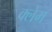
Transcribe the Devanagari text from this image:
क्‍लेम